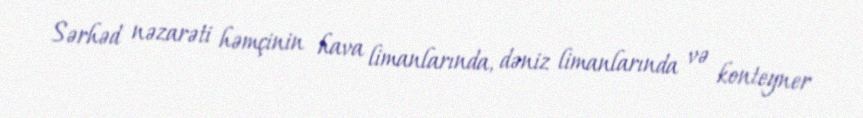
Sərhəd nəzarəti həmçinin hava limanlarında, dəniz limanlarında və konteyner